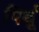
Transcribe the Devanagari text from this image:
पिर्थू